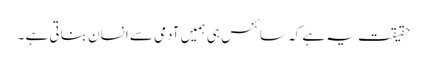
حقیقت یہ ہے کہ سائنس ہی ہمیں آدمی سے انسان بناتی ہے ۔